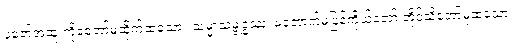
ပူဇော်အထူးကိုခံတော်မူထိုက်ထသော။ သမ္မာသမ္ဗုဒ္ဓဿ၊ မဘောက်မပြန်ကိုယ်တော် တိုင်သိတော်မူထသော။